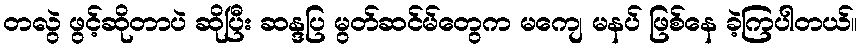
တလွဲ ဖွင့်ဆိုတာပဲ ဆိုပြီး ဆန္ဒပြ မွတ်ဆင်မ်တွေက မကျေ မနပ် ဖြစ်နေ ခဲ့ကြပါတယ်။